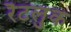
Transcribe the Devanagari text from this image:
रैटलुक